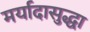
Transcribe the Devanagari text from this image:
मर्यादासुद्धा